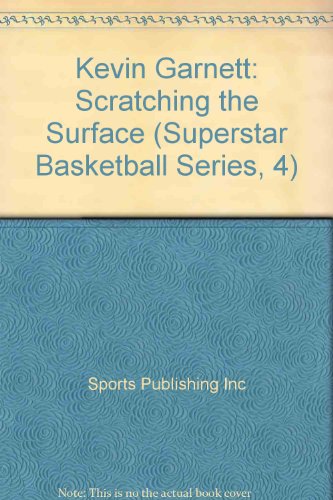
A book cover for Kevin Garnett: Scratching the Surface; Steve Aschburner; Teen & Young Adult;